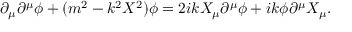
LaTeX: \partial _ { \mu } \partial ^ { \mu } \phi + ( m ^ { 2 } - k ^ { 2 } X ^ { 2 } ) \phi = 2 i k X _ { \mu } \partial ^ { \mu } \phi + i k \phi \partial ^ { \mu } X _ { \mu } .